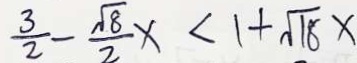
\frac { 3 } { 2 } - \frac { \sqrt { 8 } } { 2 } x < 1 + \sqrt { 1 8 } x